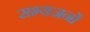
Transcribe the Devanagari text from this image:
सभ्यजनों